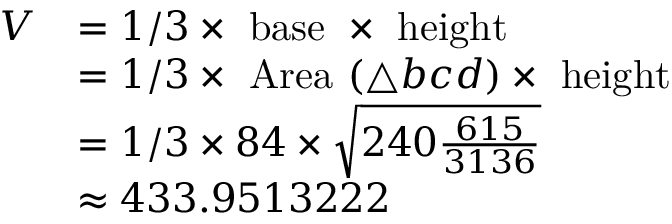
{ \begin{array} { r l } { V } & { = 1 / 3 \times { \mathrm { ~ b a s e ~ } } \times { \mathrm { ~ h e i g h t ~ } } } \\ & { = 1 / 3 \times { \mathrm { ~ A r e a ~ } } ( \triangle b c d ) \times { \mathrm { ~ h e i g h t ~ } } } \\ & { = 1 / 3 \times 8 4 \times { \sqrt { 2 4 0 { \frac { 6 1 5 } { 3 1 3 6 } } } } } \\ & { \approx 4 3 3 . 9 5 1 3 2 2 2 } \end{array} }